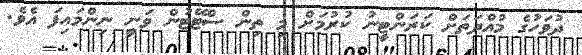
ދުވަހުގެ މުއްދަތަށް ކަރަންޓީނު ކުރުމަށް މި ތިން ސްޓޭޓުން ވަނީ ނިންމައިފަ އެވެ.